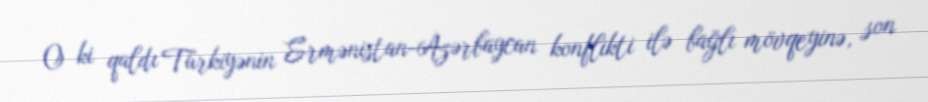
O ki qaldı Türkiyənin Ermənistan-Azərbaycan konflikti ilə bağlı mövqeyinə, son